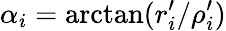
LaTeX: \alpha_{i}=\arctan(r_{i}^{\prime}/\rho_{i}^{\prime})